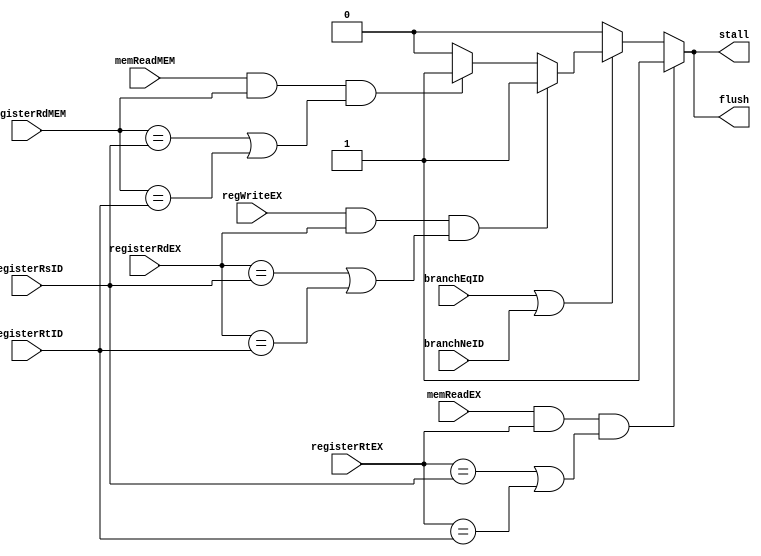
`ifndef MODULE_HAZARD_DETECTION
`define MODULE_HAZARD_DETECTION
`timescale 1ns / 1ps

module HazardDetection (
    input               branchEqID,
                        branchNeID,
                        memReadEX,
                        regWriteEX,
                        memReadMEM,
    input       [4:0]   registerRsID,
                        registerRtID,
                        registerRtEX,
                        registerRdEX,
                        registerRdMEM,
    output reg          stall,
                        flush
);

    initial begin
        stall = 1'b0;
        flush = 1'b0;
    end

    always @ ( * ) begin
        if (memReadEX && registerRtEX && (registerRtEX == registerRsID || registerRtEX == registerRtID)) begin
            stall = 1'b1;
            flush = 1'b1;
        end else if (branchEqID || branchNeID) begin
            if (regWriteEX && registerRdEX && (registerRdEX == registerRsID || registerRdEX == registerRtID)) begin
                stall = 1'b1;
                flush = 1'b1;
            end else if (memReadMEM && registerRdMEM && (registerRdMEM == registerRsID || registerRdMEM == registerRtID)) begin
                stall = 1'b1;
                flush = 1'b1;
            end else begin
                stall = 1'b0;
                flush = 1'b0;
            end
        end else begin
            stall = 1'b0;
            flush = 1'b0;
        end
    end

endmodule // HazardDetection

`endif